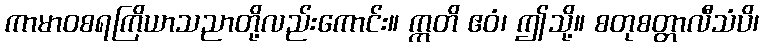
ကာမာဝစရကြိယာသညာတို့လည်းကောင်း။ ဣတိ ဧဝံ၊ ဤသို့။ စတုစတ္တာလီသံပိ၊